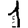
Digit: 1